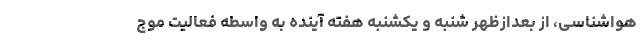
هواشناسی، از بعدازظهر شنبه و یکشنبه هفته آینده به واسطه فعالیت موج